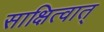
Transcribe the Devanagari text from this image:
साक्षित्वात्